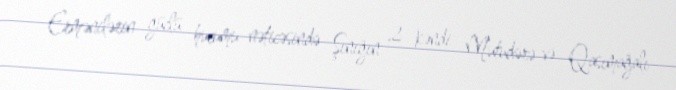
Ermənilərin güclü hucumu nəticəsində Şınığın 2 kəndi Mutudərə və Qasımağalı